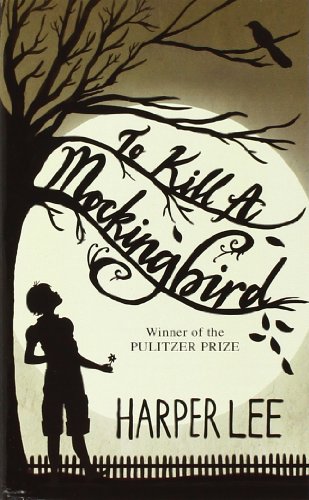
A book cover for To Kill a Mockingbird; Harper Lee; Mystery, Thriller & Suspense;